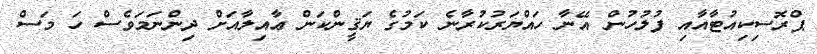
ޕްރޮސިކިއުޓާއާއި ފުލުހުން އޭނާ ހައްޔަރުކުރާނެ ކަމުގެ ޔަޤީންކަން ޢާއިލާއަށް ދިންނަމަވެސް ހަ މަސް